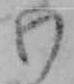
わ